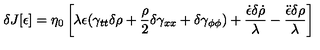
\delta J [ \epsilon ] = \eta _ { 0 } \left[ \lambda \epsilon ( \gamma _ { t t } \delta \rho + \frac { \rho } { 2 } \delta \gamma _ { x x } + \delta \gamma _ { \phi \phi } ) + \frac { \dot { \epsilon } \delta \dot { \rho } } { \lambda } - \frac { \ddot { \epsilon } \delta \rho } { \lambda } \right]